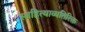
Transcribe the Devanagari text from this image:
साहित्याव्यतिरिक्त